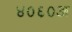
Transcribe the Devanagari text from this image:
४०६०अ